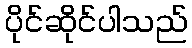
ပိုင်ဆိုင်ပါသည်